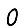
Digit: 0